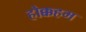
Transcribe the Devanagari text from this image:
होक्कहम